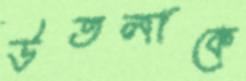
উতলাকে